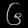
Digit: ၆